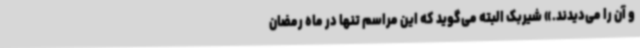
و آن را می‌دیدند.» شیربک البته می‌گوید که این مراسم تنها در ماه رمضان